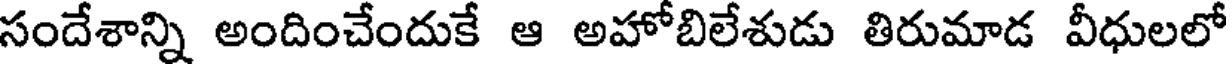
సందేశాన్ని అందించేందుకే ఆ అహోబిలేశుడు తిరుమాడ వీధులలో